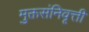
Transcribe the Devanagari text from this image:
मुक्तसंनिवृत्ती